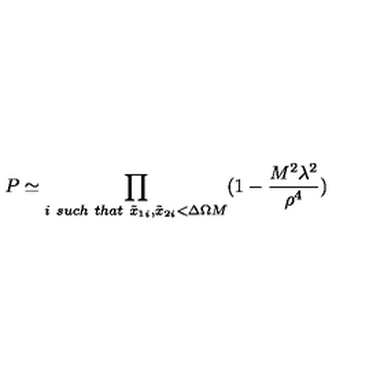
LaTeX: P \simeq \prod _ { i \ s u c h \ t h a t \ \tilde { x } _ { 1 i } , \tilde { x } _ { 2 i } < \Delta \Omega M } ( 1 - { \frac { M ^ { 2 } \lambda ^ { 2 } } { \rho ^ { 4 } } } )